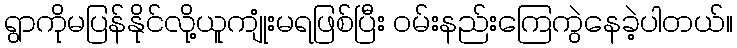
ရွာကိုမပြန်နိုင်လို့ယူကျုံးမရဖြစ်ပြီး ဝမ်းနည်းကြေကွဲနေခဲ့ပါတယ်။